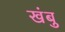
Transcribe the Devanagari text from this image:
खंबु